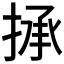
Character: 𢮋